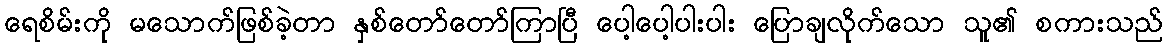
ရေစိမ်းကို မသောက်ဖြစ်ခဲ့တာ နှစ်တော်တော်ကြာပြီ ပေါ့ပေါ့ပါးပါး ပြောချလိုက်သော သူ၏ စကားသည်